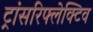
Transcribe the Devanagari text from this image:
ट्रांसरिफ्लेक्टिव